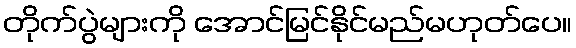
တိုက်ပွဲများကို အောင်မြင်နိုင်မည်မဟုတ်ပေ။